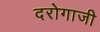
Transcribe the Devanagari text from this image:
दरोगाजी